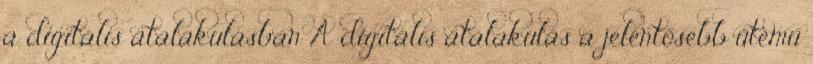
a digitális átalakulásban A digitális átalakulás a jelentősebb ütemű